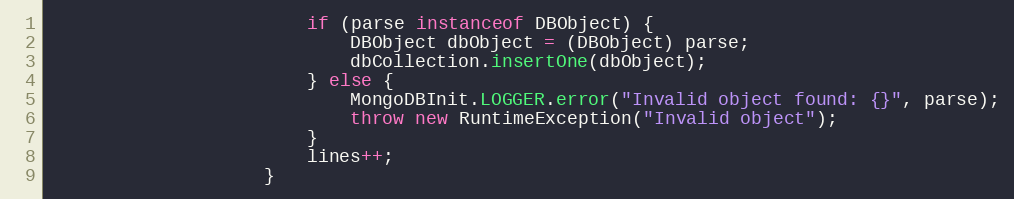
Language: Java
                        if (parse instanceof DBObject) {
                            DBObject dbObject = (DBObject) parse;
                            dbCollection.insertOne(dbObject);
                        } else {
                            MongoDBInit.LOGGER.error("Invalid object found: {}", parse);
                            throw new RuntimeException("Invalid object");
                        }
                        lines++;
                    }